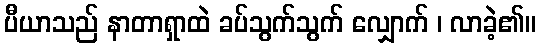
ပီယာသည် နာတာရှာထဲ ခပ်သွက်သွက် လျှောက် ၊ လာခဲ့၏။